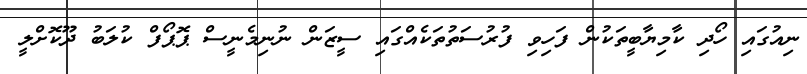
ނިއުގައި ހޯދި ކާމިޔާބީތަކުން ފަހިވި ފުރުސަތުތަކެއްގައި ސީޒަން ނުނިމެނީސް ޕޮޕޯފް ކުލަބު ދޫކޮށްލީ